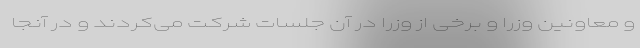
و معاونین وزرا و برخی از وزرا در آن جلسات شرکت می‌کردند و در آنجا